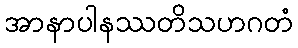
အာနာပါနဿတိသဟဂတံ